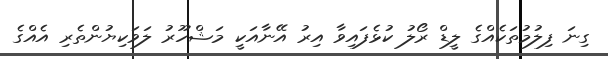
ގިނަ ފިލުމުތަކެއްގެ ލީޑް ރޯލު ކުޅެފައިވާ އިރު އޭނާއަކީ މަޝްހޫރު ލަވަކިޔުންތެރި އެއްގެ